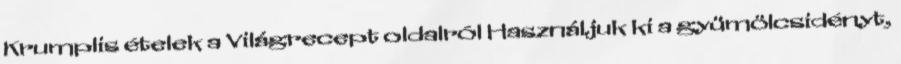
Krumplis ételek a Világrecept oldalról Használjuk ki a gyümölcsidényt,